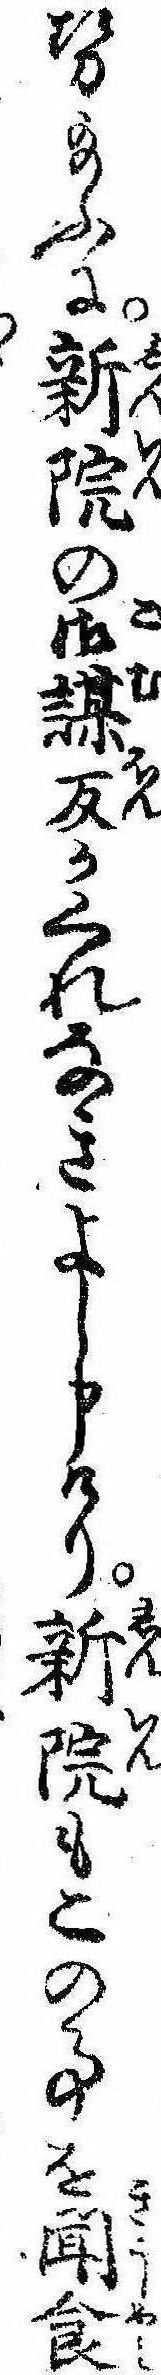
せ給ふに新院の御謀反かくれなきよし申けり新院もこの事を聞食